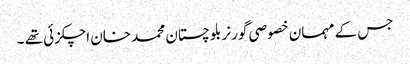
جس کے مہمان خصوصی گورنر بلوچستان محمد خان اچکزئی تھے ۔